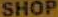
SHOP